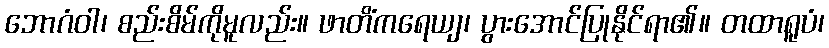
ဘောဂံဝါ၊ စည်းစိမ်ကိုမူလည်း။ ဖာတိံကရေယျ၊ ပွားအောင်ပြုနိုင်ရာ၏။ တထာရူပံ၊